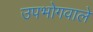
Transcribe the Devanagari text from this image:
उपभोगवाले